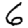
Digit: 6